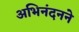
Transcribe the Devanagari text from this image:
अभिनंदनने